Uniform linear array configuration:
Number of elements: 12
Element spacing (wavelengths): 0.25
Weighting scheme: exponential
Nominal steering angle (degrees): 15
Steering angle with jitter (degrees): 13.929
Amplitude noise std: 0.05
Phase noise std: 0.05

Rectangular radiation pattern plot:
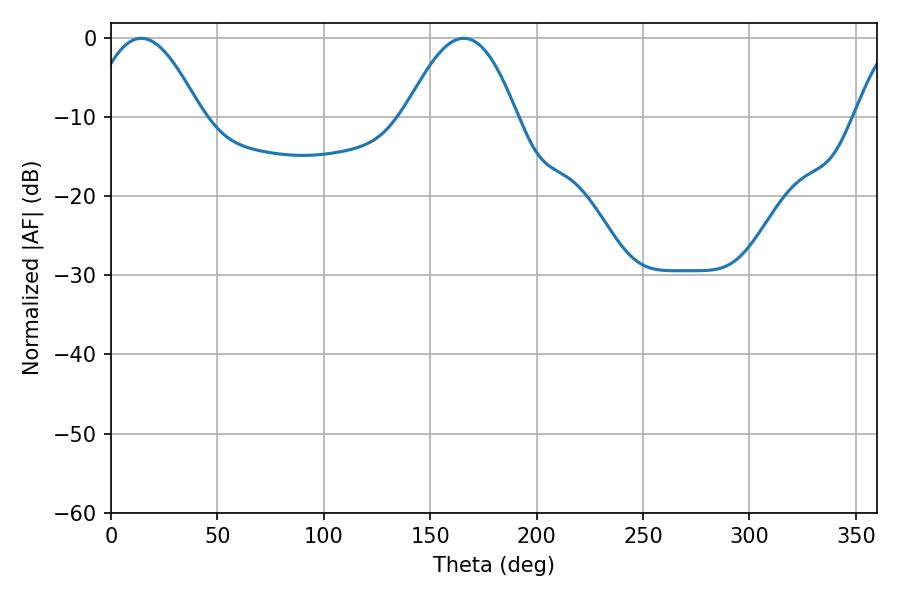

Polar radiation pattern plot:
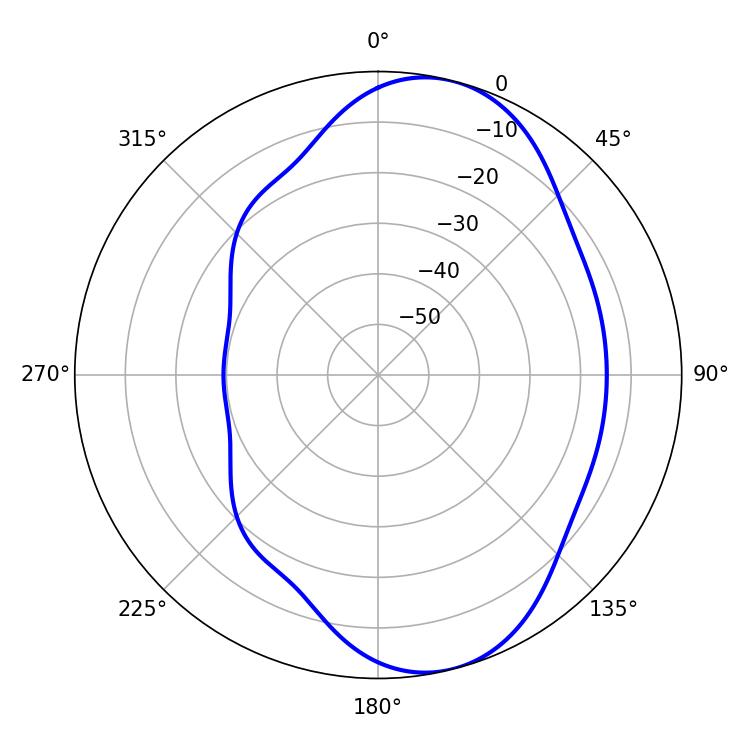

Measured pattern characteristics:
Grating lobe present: FALSE
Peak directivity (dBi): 7.896
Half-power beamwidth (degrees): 28.44
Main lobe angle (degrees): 14.22